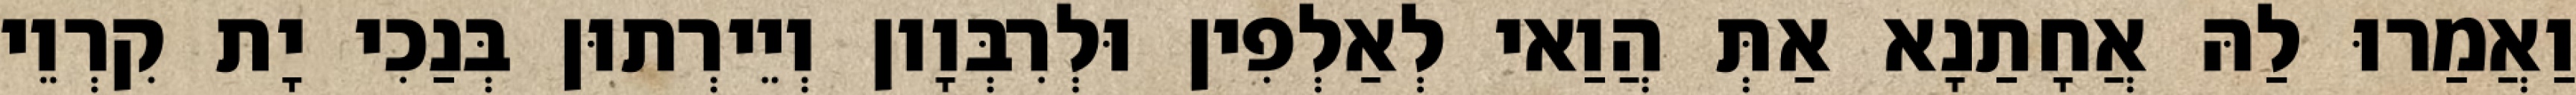
וַאֲמַרוּ לַהּ אֲחָתַנָא אַתְּ הֲוַאי לְאַלְפִין וּלְרִבְּוָון וְיֵירְתוּן בְּנַכִי יָת קִרְוֵי